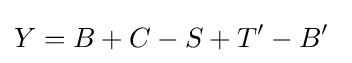
Y=B+C-S+T'-B'~